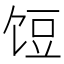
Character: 饾